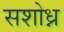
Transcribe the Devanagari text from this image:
सशोध्न